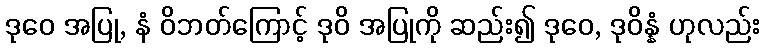
ဒုဝေ အပြု, နံ ဝိဘတ်ကြောင့် ဒုဝိ အပြုကို ဆည်း၍ ဒုဝေ, ဒုဝိန္နံ ဟုလည်း